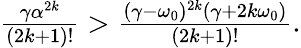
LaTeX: \begin{array}{r}{\frac{\gamma\alpha^{2k}}{(2k+1)!}>\frac{(\gamma-\omega_{0})^{2k}(\gamma+2k\omega_{0})}{(2k+1)!}.}\end{array}